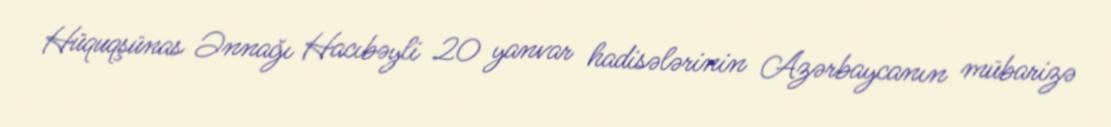
Hüquqşünas Ənnağı Hacıbəyli 20 yanvar hadisələrinin Azərbaycanın mübarizə